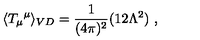
\langle { T _ { \mu } } ^ { \mu } \rangle _ { V D } = \frac { 1 } { ( 4 \pi ) ^ { 2 } } ( 1 2 \Lambda ^ { 2 } ) \ ,